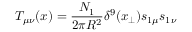
T _ { \mu \nu } ( x ) = { \frac { N _ { 1 } } { 2 \pi R ^ { 2 } } } \delta ^ { 9 } ( x _ { \perp } ) s _ { 1 \mu } s _ { 1 \nu }